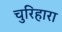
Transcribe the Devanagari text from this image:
चुरिहारा